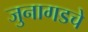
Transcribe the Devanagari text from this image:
जुनागडचे